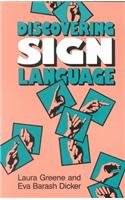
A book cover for Discovering Sign Language; Laura Greene; Teen & Young Adult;